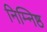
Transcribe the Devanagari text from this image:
निम्निष्ठ